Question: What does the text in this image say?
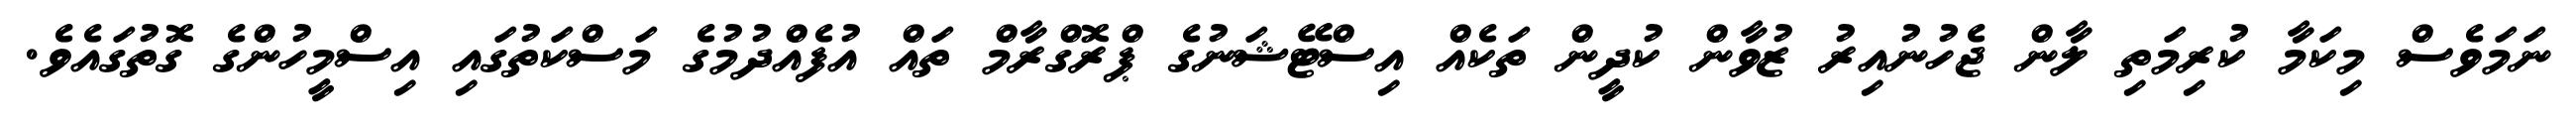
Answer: ނަމަވެސް މިކަމާ ކުރިމަތި ލާން ޖެހުނުއިރު ޒުވާން ކުދީން ތަކެއް އިސްޓޭޝަނުގެ ޕްރޮގްރާމް ތައް އުފެއްދުމުގެ މަސްކަތުގައި އިސްމީހުންގެ ގޮތުގައެވެ.